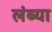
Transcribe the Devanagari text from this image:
लंब्या